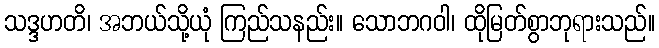
သဒ္ဒဟတိ၊ အဘယ်သို့ယုံ ကြည်သနည်း။ သောဘဂဝါ၊ ထိုမြတ်စွာဘုရားသည်။